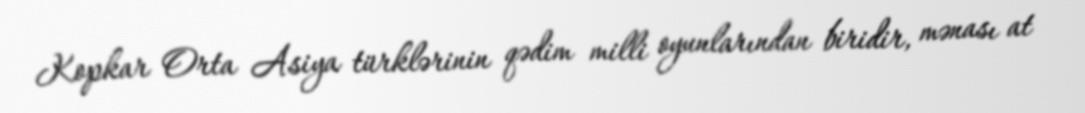
Kopkar Orta Asiya türklərinin qədim milli oyunlarından biridir, mənası at